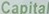
Capital